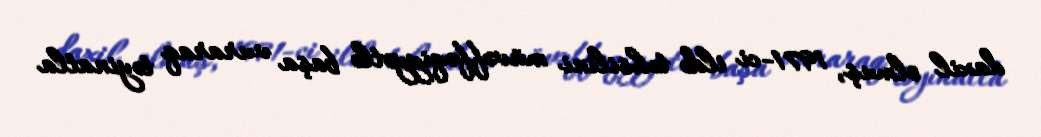
daxil olmuş, 1971-ci ildə təhsilini müvəffəqiyyətlə başa vuraraq təyinatla